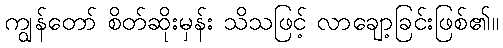
ကျွန်တော် စိတ်ဆိုးမှန်း သိသဖြင့် လာချော့ခြင်းဖြစ်၏။